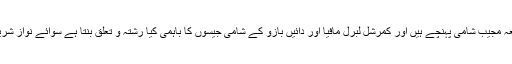
اور بقول حیدر جاوید سید اس کلب تک وہ بعذریعہ مجیب شامی پہنچے ہیں اور کمرشل لبرل مافیا اور دائیں بازو کے شامی جیسوں کا باہمی کیا رشتہ و تعلق بنتا ہے سوائے نواز شریف کے دستر خوان پہ اکٹھے بیٹھے ہونے کے۔